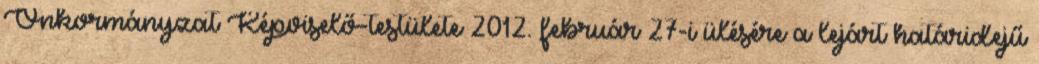
Önkormányzat Képviselő-testülete 2012. február 27-i ülésére a lejárt határidejű